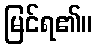
မြင်ရ၏။